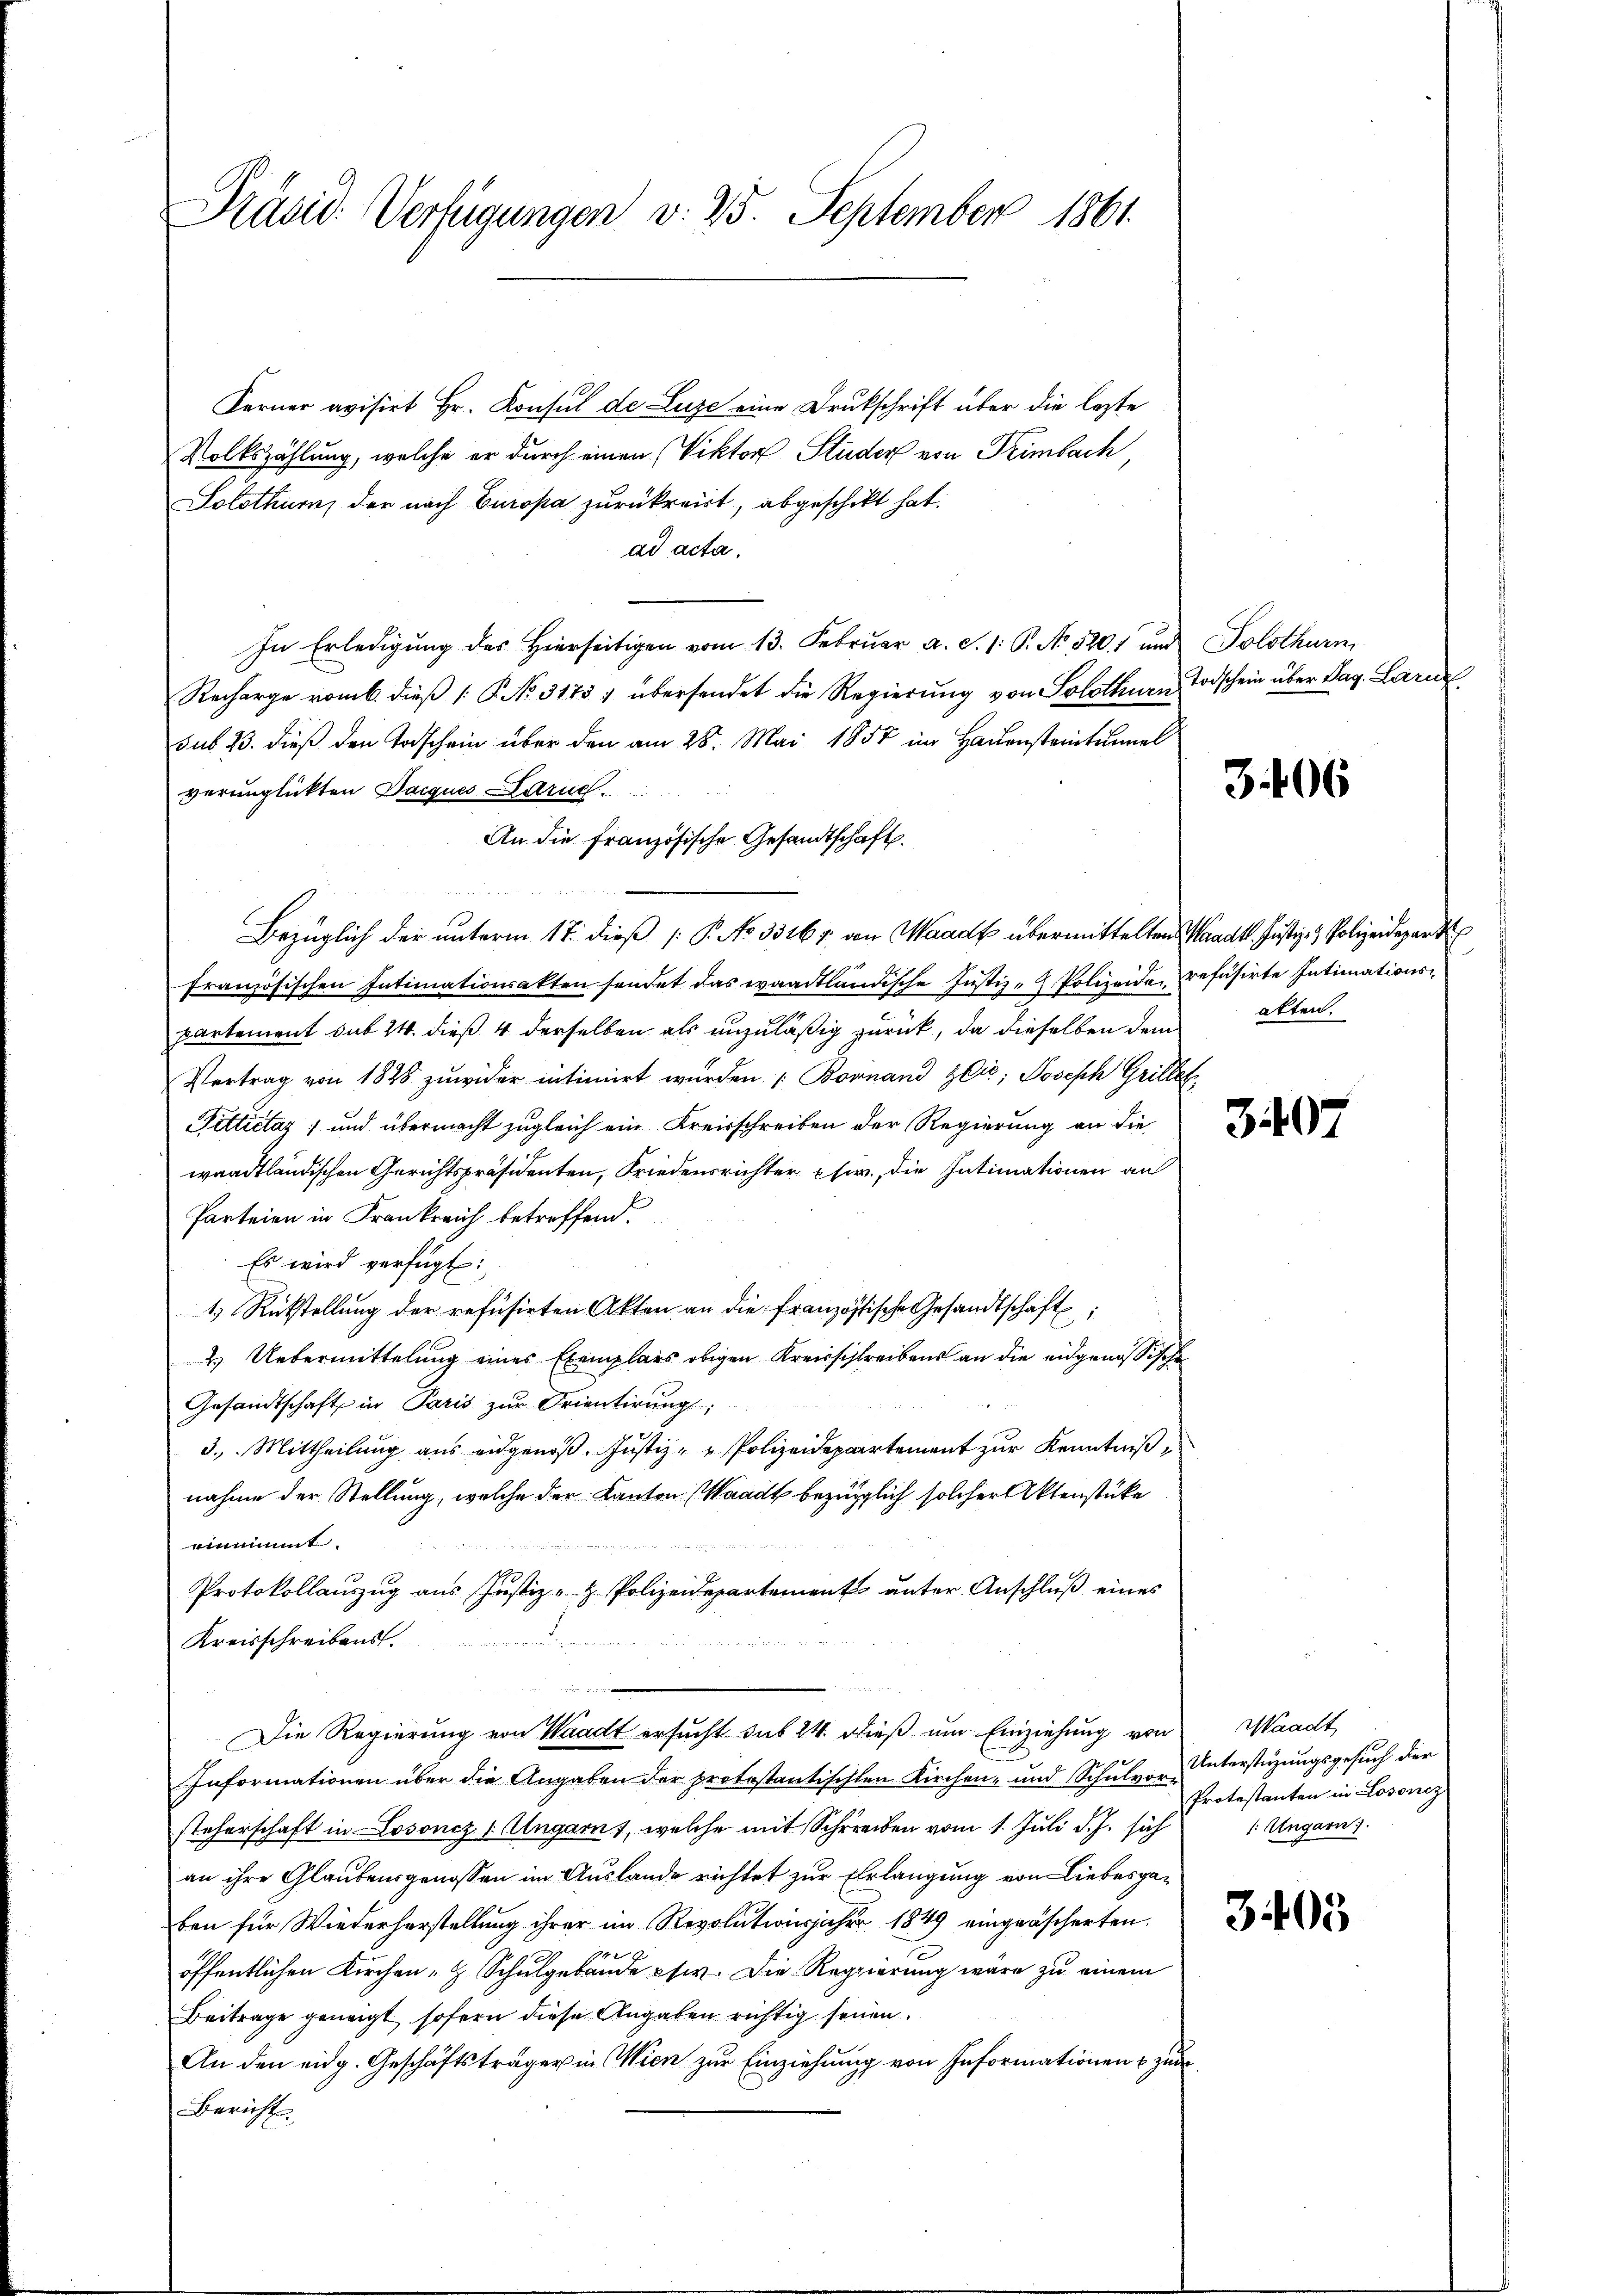
Präsid. Verfügungen v. 25. September 1861.

Ferner avisirt Hr. Konsul de Luze eine Drukschrift über die lezte
Volkszählung, welche er durch einen (Viktor Studer von Trimbach,
Solothurn, der nach Europa zurückreist, abgeschickt hat.
ad acta,
In Erledigung des Hierseitigen vom 13. Februar a. S. 1: P. No. 3201 und Solothurn
Recharge vom 6. dieß (: P. No. 31757 übersendet die Regierung von Solothurn, Todschein über Pag. Larne
sub 23. dieß den Todschein über den am 28. Mai 1857 im Hauensteintunnel
verunglickten Dacques Paruc
An die Französische Gesandtschaft.
Bezüglich der unterm 17. dieß P. No 3316 f. von Waadt übermittelten Waadt. Justiz- & Polizeidepart
französischen Intimationsakten sendet das waadtländische Justiz- Polizeide prefüsirte Intimationspartement sub 24. dieß 4 derselben als unzuläßig zurück, da dieselben dem alten.
Vertrag von 1828 zuwider intimirt wurden. ( Bornand zei, Joseph Griller
Fittictaz; und übermacht zugleich ein Kreisschreiben der Regierung an die
waadtländischen Gerichtspräsidenten, Friedensrichter phw., die Intimationen an
Parteien in Frankreich betreffend
Es wird verfügt:
1.) Rückstellung der refusirten Akten an die französische Gesandtschaft
2. Uebermittelung eines Exemplars obigen Kreisschreibens an die eidgenössischen
Gesandtschaft in Paris zur Frientirung,
3. Mittheilung aus eidgenoß. Justiz- u Polizeidepartement zur Kenntniß,
nahme der Stellung, welche der Canton Waadt bezüglich solcher Aktenstücke
einnimmt
Protokollauszug aus Justiz- & Polizeidepartement unter Anschluß eines
Kreisschreibens

Die Regierung von Waadt ersucht sub 24 dieß um Einziehung von
Informationen über die Angaben der protestantischten Kirchen- und Schulvor-Unterstüzungsgesuch der
steherschaft in Losoncz (Ungarnt, welche mit Schreiben vom 1. Juli d. J. sich
an ihre Glaubensgenossen im Auslande richtet zur Erlangung von Liebesgaben für Wiederherstellung ihrer im Revolationsjahre 1849 eingeäscherten
14
öffentlichen Kirchen - Schulgebäude civ. Die Regierung wäre zu einem
Beitrage geneigt sofern diese Angaben richtig seinen.
An den eidg. Geschäftsträger in Wien zur Einziehung von Informationen zur
Berichte.

3.406

.

3407

Waadt
Protestanten in Losoncz
: Ungarn.

3405